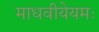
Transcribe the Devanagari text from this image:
माधवीयेयमः